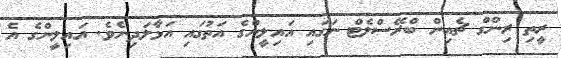
ރީތި ރިންގް ޗެއިން ބްރޭސްލެޓް ނަގައި އައިލީންގެ އަތުގައި އަޅާލަދިނެވެ. އައިލީންގެ އެ